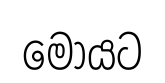
මෝයට